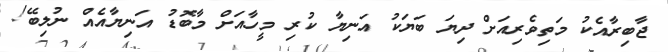
ޖާބިރާއެކު މަތިވެރިއަށް ދިޔަ ބަޔަކު އަނިޔާ ކުރި މީހާއަށް މާބޮޑު އަނިޔާއެއް ނުލިބޭ!